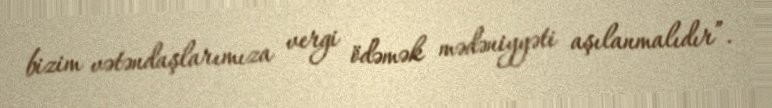
bizim vətəndaşlarımıza vergi ödəmək mədəniyyəti aşılanmalıdır”.